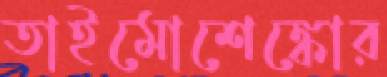
তাইমোশেঙ্কোর